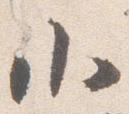
小